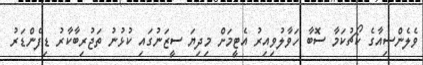
ވެލެންސިއާގެ ކޯޗުކަމާ ސޮބާ ހަވާލުވިއިރު އެޓީމަށް މިދިޔަ ސީޒަނުގައި ކުޅުނު ތަޖުރިބާކާރު ޑިފެންޑަރު